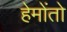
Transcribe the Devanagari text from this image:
हेमोंतो